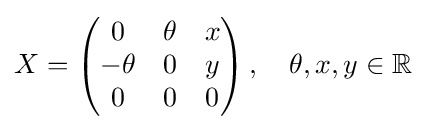
X=\left({\begin{matrix}0&\theta &x\\-\theta &0&y\\0&0&0\end{matrix}}\right),\quad \theta ,x,y\in \mathbb {R}